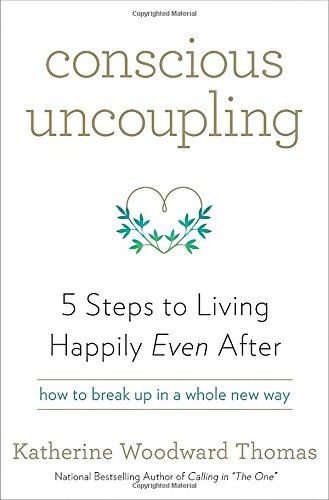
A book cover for Conscious Uncoupling: 5 Steps to Living Happily Even After; Katherine Woodward Thomas; Parenting & Relationships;